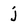
Character: j